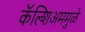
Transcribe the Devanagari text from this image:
कॅल्शिअममुळे